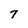
Character: 7